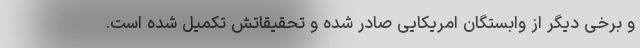
و برخی دیگر از وابستگان امریکایی صادر شده و تحقیقاتش تکمیل شده است.